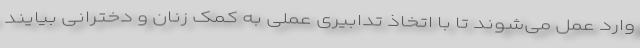
وارد عمل می‌شوند تا با اتخاذ تدابیری عملی به کمک زنان و دخترانی بیایند